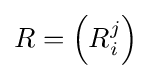
R=\left(R_{i}^{j}\right)